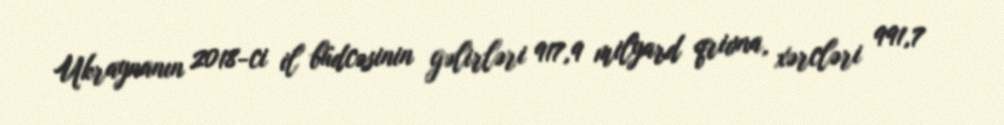
Ukraynanın 2018-ci il büdcəsinin gəlirləri 917,9 milyard qrivna, xərcləri 991,7